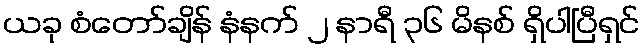
ယခု စံတော်ချိန် နံနက် ၂ နာရီ ၃၆ မိနစ် ရှိပါပြီရှင်